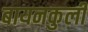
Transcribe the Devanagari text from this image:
बायनकुली